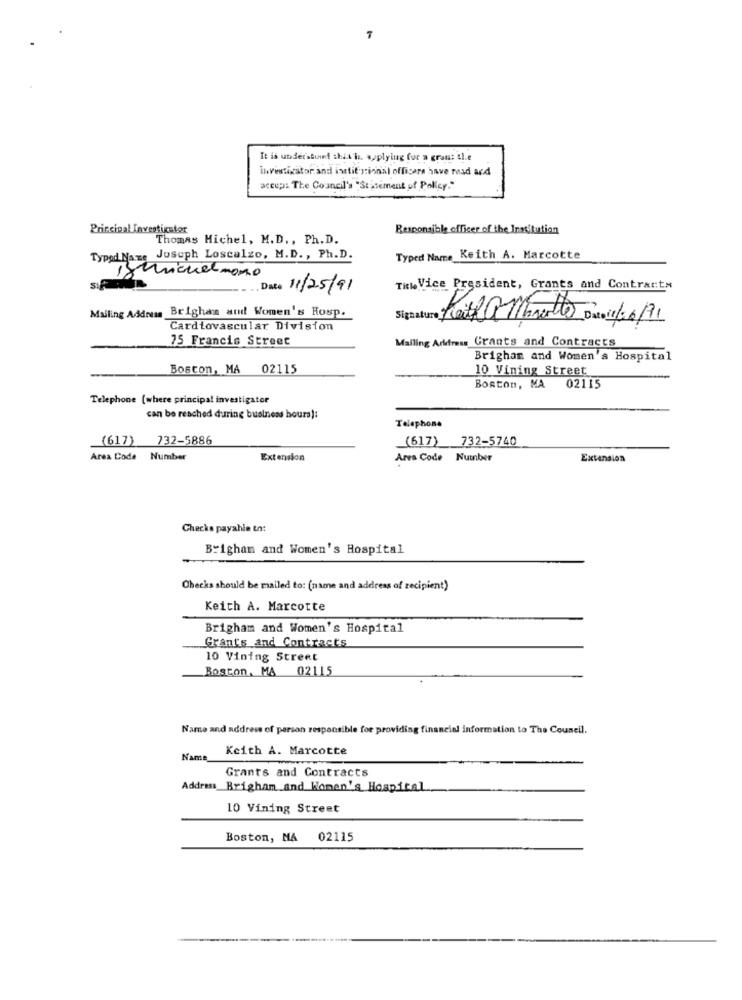
7
It is understund shit h. applying for a crans tl.e
investigator and isstit's:innal officers have road ard
accep: The Council's "Statement of Policy."
Principal Investigator
Responsible officer of the Institution
Thomas Michel, M.D ., Ph.D.
Typed Na.ne
Juseph Loscalzo, M.D. , Ph.D.
Typed Name Keith A. Marcotte
Date 11/25/91
Tit Vice President, Grants and Contracts
Mailing Address Brigham and Women's Rosp.
Cardiovascular Division
75 Francis Street
Mailing Address Grants and Contracts
Brigham and Women's Hospital
Boston, MA 02115
10 Vining Street
Boston, MA
02115
Telephone (where principal investigator
can be reached during business hours):
Telephone
(617)
732-5886
(617) 732-5740
Area Code Number
Extension
Area Code Number
Extension
Checks payahla tn:
Brigham and Women's Hospital
Checks should be mailed to: (name and address of recipient)
Keith A. Marcotte
Brigham and Women's Hospital
Grants and Contracts
10 Vining Street
Boston, MA 02115
Name and address of person responsible for providing financial information to The Council.
Keith A. Marcotte
Name
Grants and Contracts
Address Brigham and Women's Hospital
10 Vining Street
Boston, MA
02115